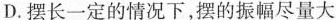
D.摆长一定的情况下，摆的振幅尽量大